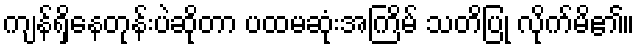
ကျန်ရှိနေတုန်းပဲဆိုတာ ပထမဆုံးအကြိမ် သတိပြု လိုက်မိ၏။